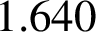
1 . 6 4 0